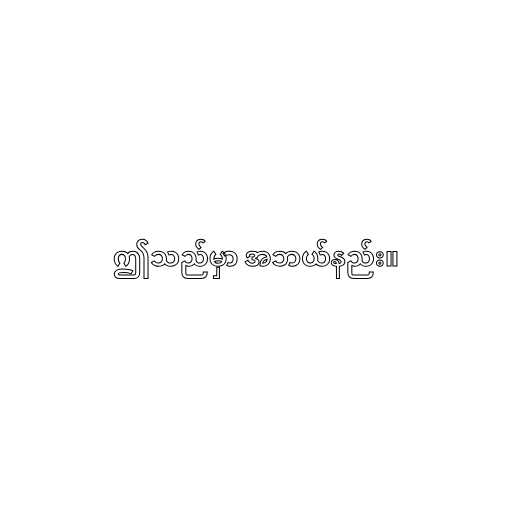
ဤသည်မှာ အဘယ်နည်း။